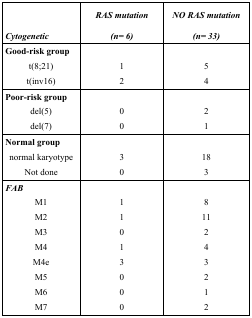
<table><thead><tr><td><b>Cytogenetic</b></td><td><b>RAS mutation (n= 6)</b></td><td><b>NO RAS mutation (n= 33)</b></td></tr></thead><tbody><tr><td><b>Good-risk group</b></td><td></td><td></td></tr><tr><td> t(8;21)</td><td>1</td><td>5</td></tr><tr><td> t(inv16)</td><td>2</td><td>4</td></tr><tr><td><b>Poor-risk group</b></td><td></td><td></td></tr><tr><td> del(5)</td><td>0</td><td>2</td></tr><tr><td> del(7)</td><td>0</td><td>1</td></tr><tr><td><b>Normal group</b></td><td></td><td></td></tr><tr><td> normal karyotype</td><td>3</td><td>18</td></tr><tr><td> Not done</td><td>0</td><td>3</td></tr><tr><td><b><i>FAB</i></b></td><td></td><td></td></tr><tr><td> M1</td><td>1</td><td>8</td></tr><tr><td> M2</td><td>1</td><td>11</td></tr><tr><td> M3</td><td>0</td><td>2</td></tr><tr><td> M4</td><td>1</td><td>4</td></tr><tr><td> M4e</td><td>3</td><td>3</td></tr><tr><td> M5</td><td>0</td><td>2</td></tr><tr><td> M6</td><td>0</td><td>1</td></tr><tr><td> M7</td><td>0</td><td>2</td></tr></tbody></table>